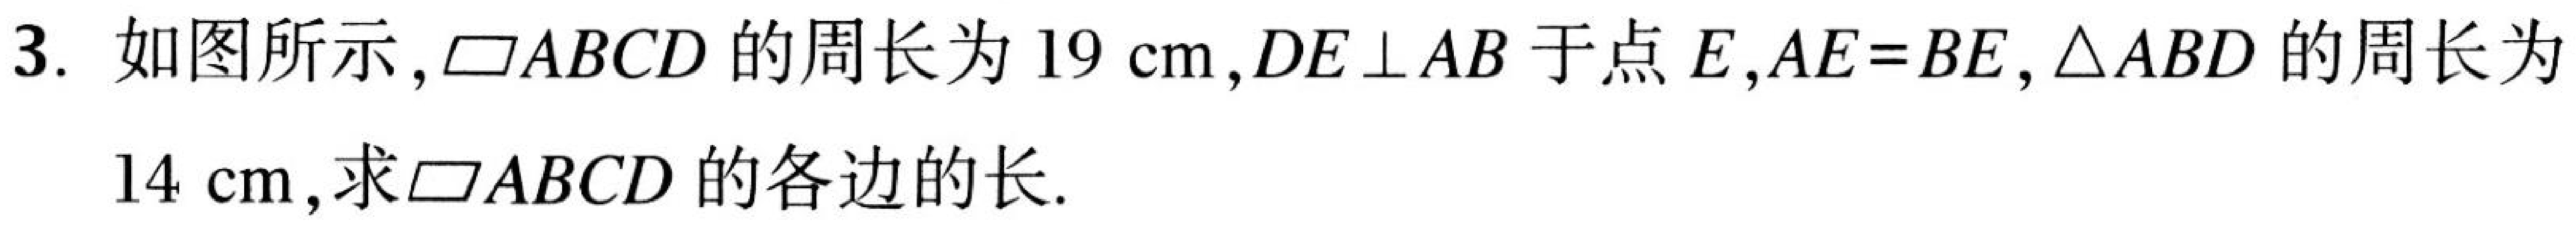
3. 如图所示，\(\square ABCD\)的周长为\(19\mathrm{cm}\)，\(DE\perp AB\)于点\(E\)，\(AE = BE\)，\(\triangle ABD\)的周长为
\(14\mathrm{cm}\)，求\(\square ABCD\)的各边的长.